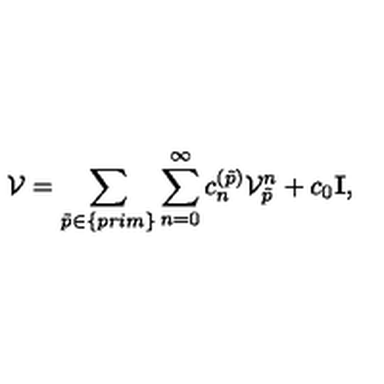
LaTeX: { \cal V } = \sum _ { \tilde { p } \in \{ p r i m \} } \sum _ { n = 0 } ^ { \infty } c _ { n } ^ { ( \tilde { p } ) } { \cal V } _ { \tilde { p } } ^ { n } + c _ { 0 } { { \bf I } } ,